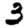
Digit: 3